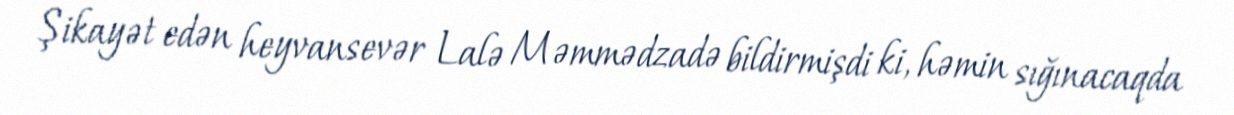
Şikayət edən heyvansevər Lalə Məmmədzadə bildirmişdi ki, həmin sığınacaqda